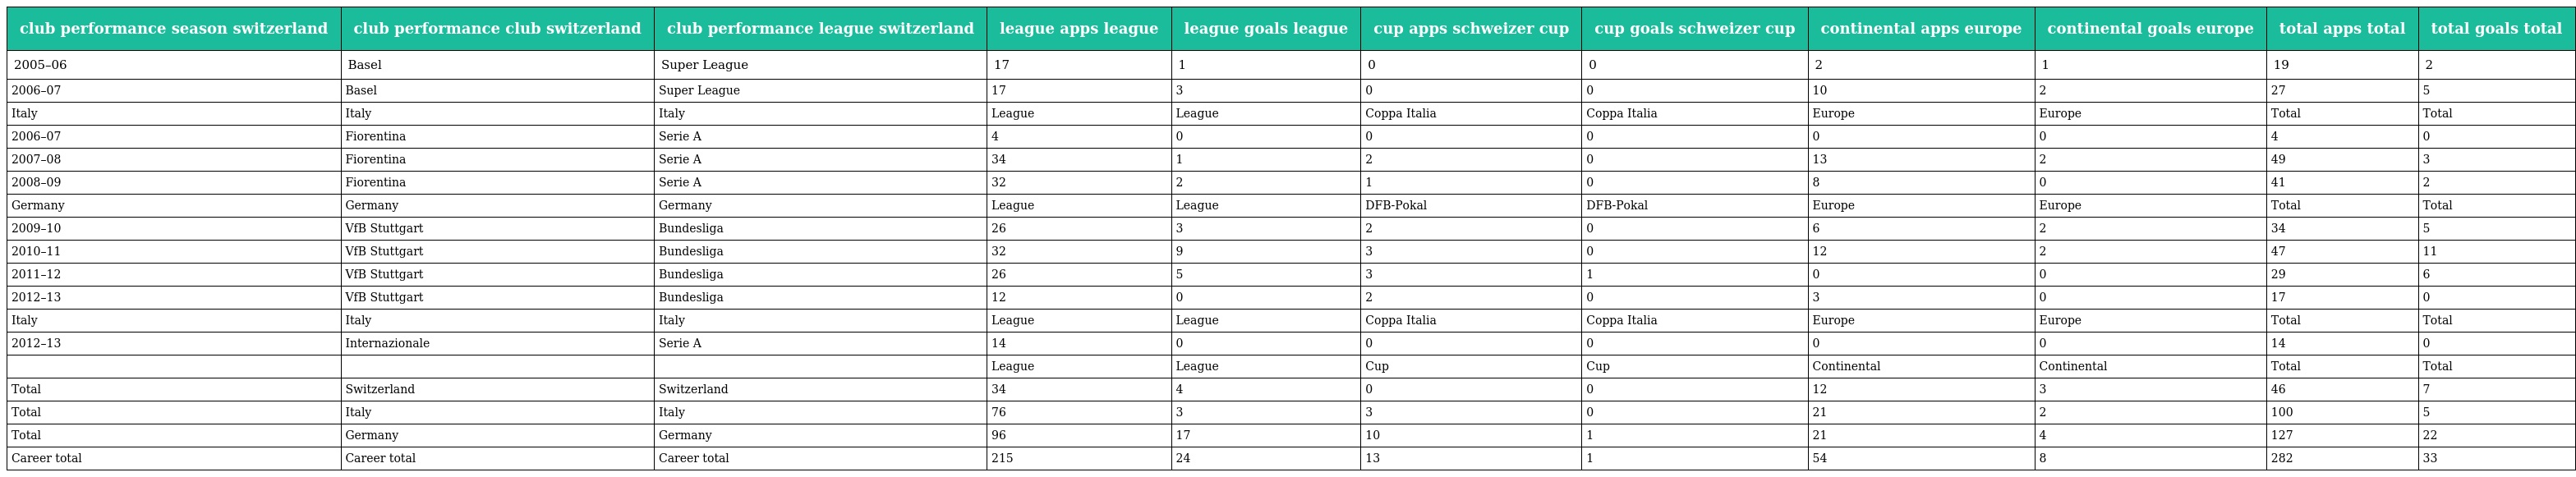
| club performance season switzerland | club performance club switzerland | club performance league switzerland | league apps league | league goals league | cup apps schweizer cup | cup goals schweizer cup | continental apps europe | continental goals europe | total apps total | total goals total |
 | --- | --- | --- | --- | --- | --- | --- | --- | --- | --- | --- |
 | 2005–06 | Basel | Super League | 17 | 1 | 0 | 0 | 2 | 1 | 19 | 2 |
 | 2006–07 | Basel | Super League | 17 | 3 | 0 | 0 | 10 | 2 | 27 | 5 |
 | Italy | Italy | Italy | League | League | Coppa Italia | Coppa Italia | Europe | Europe | Total | Total |
 | 2006–07 | Fiorentina | Serie A | 4 | 0 | 0 | 0 | 0 | 0 | 4 | 0 |
 | 2007–08 | Fiorentina | Serie A | 34 | 1 | 2 | 0 | 13 | 2 | 49 | 3 |
 | 2008–09 | Fiorentina | Serie A | 32 | 2 | 1 | 0 | 8 | 0 | 41 | 2 |
 | Germany | Germany | Germany | League | League | DFB-Pokal | DFB-Pokal | Europe | Europe | Total | Total |
 | 2009–10 | VfB Stuttgart | Bundesliga | 26 | 3 | 2 | 0 | 6 | 2 | 34 | 5 |
 | 2010–11 | VfB Stuttgart | Bundesliga | 32 | 9 | 3 | 0 | 12 | 2 | 47 | 11 |
 | 2011–12 | VfB Stuttgart | Bundesliga | 26 | 5 | 3 | 1 | 0 | 0 | 29 | 6 |
 | 2012–13 | VfB Stuttgart | Bundesliga | 12 | 0 | 2 | 0 | 3 | 0 | 17 | 0 |
 | Italy | Italy | Italy | League | League | Coppa Italia | Coppa Italia | Europe | Europe | Total | Total |
 | 2012–13 | Internazionale | Serie A | 14 | 0 | 0 | 0 | 0 | 0 | 14 | 0 |
 |  |  |  | League | League | Cup | Cup | Continental | Continental | Total | Total |
 | Total | Switzerland | Switzerland | 34 | 4 | 0 | 0 | 12 | 3 | 46 | 7 |
 | Total | Italy | Italy | 76 | 3 | 3 | 0 | 21 | 2 | 100 | 5 |
 | Total | Germany | Germany | 96 | 17 | 10 | 1 | 21 | 4 | 127 | 22 |
 | Career total | Career total | Career total | 215 | 24 | 13 | 1 | 54 | 8 | 282 | 33 |